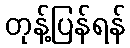
တုန့်ပြန်ရန်